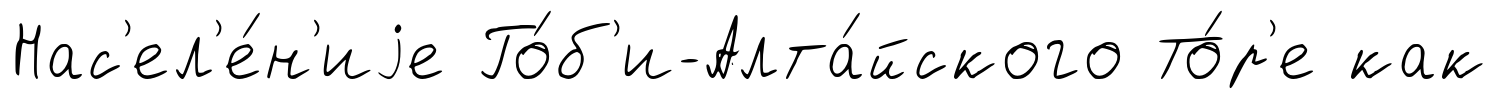
Нас'ел'е́н'иjе Го́б'и-Алта́йского То́р'е как